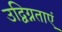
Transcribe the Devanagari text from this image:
उद्विग्नताएं